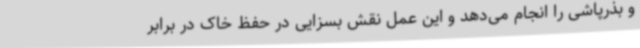
و بذرپاشی را انجام می‌دهد و این عمل نقش بسزایی در حفظ خاک در برابر